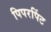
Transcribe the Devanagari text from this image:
पिपरपिंट